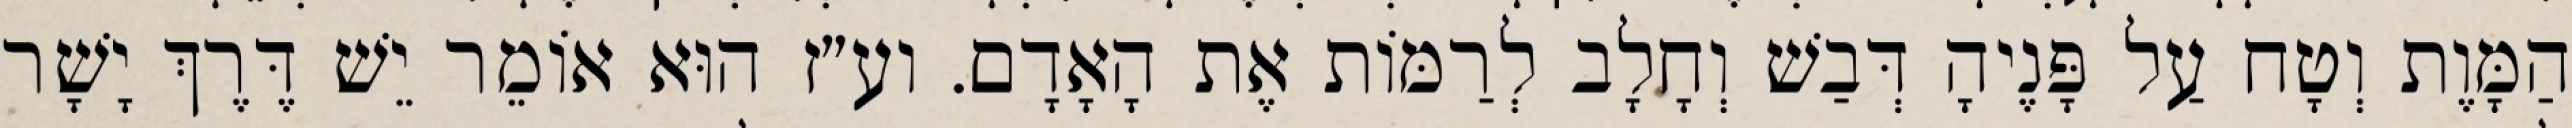
הַמָּוֶת וְטָח עַל פָּנֶיהָ דְּבַשׁ וְחָלָב לְרַמּוֹת אֶת הָאָדָם. וע״ז הוּא אוֹמֵר יֵשׁ דֶּרֶךְ יָשָׁר